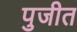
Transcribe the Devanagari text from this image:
पुजीत